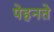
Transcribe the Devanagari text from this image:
पेहनते